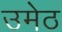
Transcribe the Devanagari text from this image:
उमेठ